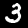
Digit: 3